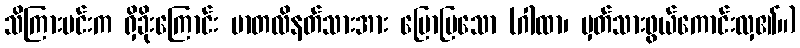
သိကြားမင်းက ရှိခိုးကြောင်း မာတလိနတ်သားအား ပြောပြသော (ဂါထာ၊ မှတ်သားဖွယ်ကောင်းလှ၏။)